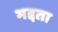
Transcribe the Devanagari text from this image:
भद्दता